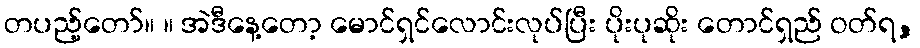
တပည့်တော်။ ။ အဲဒီနေ့တော့ မောင်ရှင်လောင်းလုပ်ပြီး ပိုးပုဆိုး တောင်ရှည် ဝတ်ရ,